Scientific memoirs by medical officers of the Army of India - Part IX,
Year: 1895
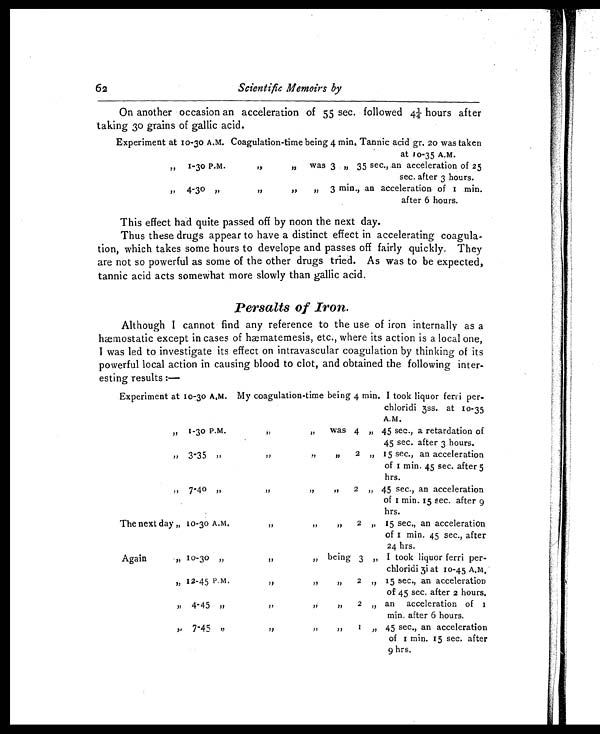
62
Scientific Memoirs by
On another occasion an acceleration of 55 sec. followed 4¼ hours after
taking 30 grains of gallic acid.
Experiment at 10-30 A.M. Coagulation-time being 4 min. Tannic acid gr. 20 was taken
at to-35 A.M.
„
1-30 P.M.
„ „
was 3 „ 35 sec., an acceleration of 25
sec. after 3 hours.
„
4-30 ,,
„ „
„ 3 min., an acceleration of 1 min.
after 6 hours.
This effect had quite passed off by noon the next day.
Thus these drugs appear to have a distinct effect in accelerating coagula-
tion, which takes some hours to develope and passes off fairly quickly, They
are not so powerful as some of the other drugs tried. As was to be expected,
tannic acid acts somewhat more slowly than gallic acid.
Persalts of Iron.
Although I cannot find any reference to the use of iron internally as a
hæmostatic except in cases of hæmatemesis, etc., where its action is a local one,
I was led to investigate its effect on intravascular coagulation by thinking of its
powerful local action in causing blood to clot, and obtained the following inter-
esting results :—
Experiment at 10-30 A.M. My coagulation-time being 4 min. I took liquor ferri per-
chloridi 3ss. at 10-35
A.M.
„
1-30 P.M.
„
„ was 4 „ 45 sec., a retardation of
45 sec. after 3 hours.
,, 3-35 ,,
„ „ „
2 „ 15 sec., an acceleration
of 1 min. 45 sec. after 5
hrs.
„
7-40
„ „ „
„ 2 „ 45 sec., an acceleration
of 1 min. 15 sec. after 9
hrs.
The next day „ 10-30 A.M.
„ „ „
2 „ 15 sec., an acceleration
of 1 min. 45 sec., after
24 hrs.
Again
„ 10-30 „
„
„ being 3 „ I took liquor ferri per-
chloridi 3i at 10-45 A.M.
,, 12-45 P.M.
„ „
„ 2 „ 15 sec., an acceleration
of 45 sec. after 2 hours.
„
4-45 ,,
„ „
,, 2
„
an acceleration of 1
min. after 6 hours.
„
7-45 ,,
„
,,
„
1 „ 45 sec., an acceleration
of 1 min. 15 sec. after
9 hrs.